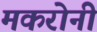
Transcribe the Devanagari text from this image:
मकरोनी